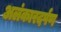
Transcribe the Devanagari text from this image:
अलंकारदर्पण